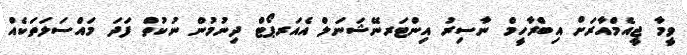
ވީމާ ޖީއެމްއާރަށް އިބްރާހީމް ނާސިރު އިންޓަރނޭޝަނަލް އެއަރޕޯޓް ދިނުމުން ނުކުތް ފަދަ މައްސަލަތަކެއް